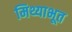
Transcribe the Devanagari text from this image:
मिथ्याभूत